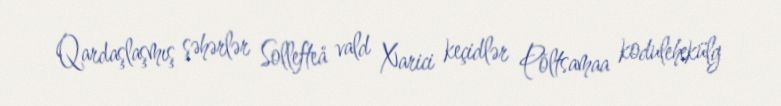
Qardaşlaşmış şəhərlər Sollefteå vald Xarici keçidlər Põltsamaa kodulehekülg